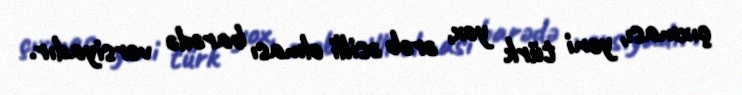
çıxması, yəni türk yox, ərəb əsilli olması barədə versiyadır.